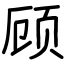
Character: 顾